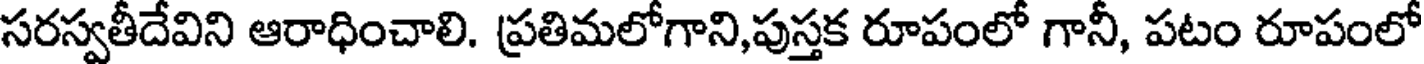
సరస్వతీదేవిని ఆరాధించాలి. ప్రతిమలోగాని,పుస్తక రూపంలో గానీ, పటం రూపంలో